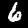
Label: 6